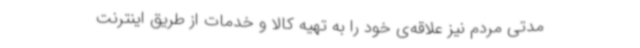
مدتی مردم نیز علاقه‌ی خود را به تهیه کالا و خدمات از طریق اینترنت